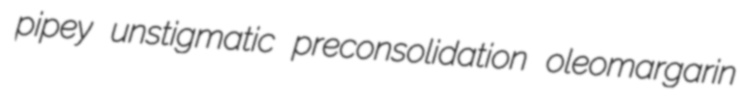
pipey unstigmatic preconsolidation oleomargarin